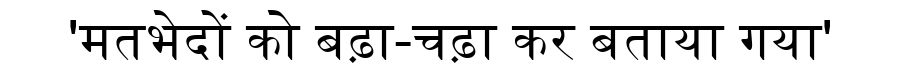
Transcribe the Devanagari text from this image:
'मतभेदों को बढ़ा-चढ़ा कर बताया गया'